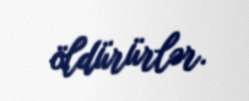
öldürürlər.